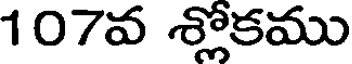
107వ శ్లోకము